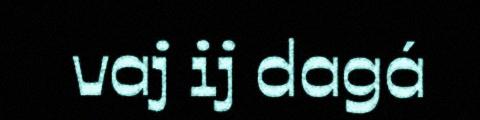
vaj ij dagá